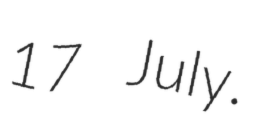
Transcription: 17 July.